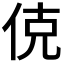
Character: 𬾅